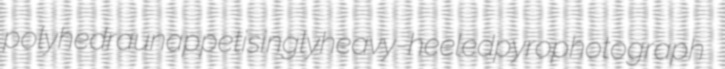
polyhedra unappetisingly heavy-heeled pyrophotograph